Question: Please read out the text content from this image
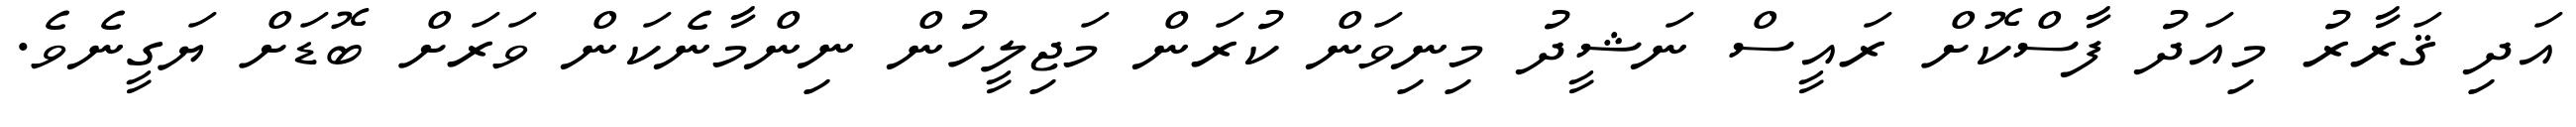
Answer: އަދި ޤަރާރު މިއަދު ފާސްކޮށް ރައީސް ނަޝީދު މިނިވަން ކުރަން މަޖިލީހުން ނިންމާނެކަން ވަރަށް ބޮޑަށް ޔަގީނެވެ.